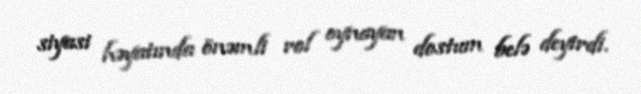
siyasi həyatında önəmli rol oynayan dostum belə deyirdi.